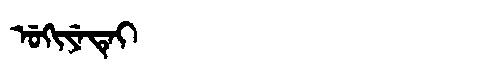
Manchu: ᡠᡴᡳᠶᡝᡨᡝᡳ
Romanization: UKIYETEI